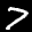
Label: 7